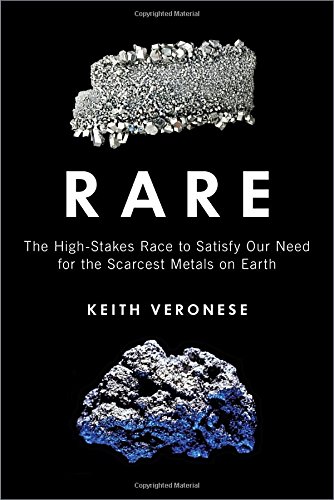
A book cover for Rare: The High-Stakes Race to Satisfy Our Need for the Scarcest Metals on Earth; Keith Veronese; Science & Math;